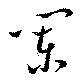
闌